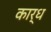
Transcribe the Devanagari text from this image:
कार्ध